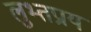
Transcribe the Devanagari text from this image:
लुभ्तप्राय